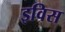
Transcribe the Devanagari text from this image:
इविस